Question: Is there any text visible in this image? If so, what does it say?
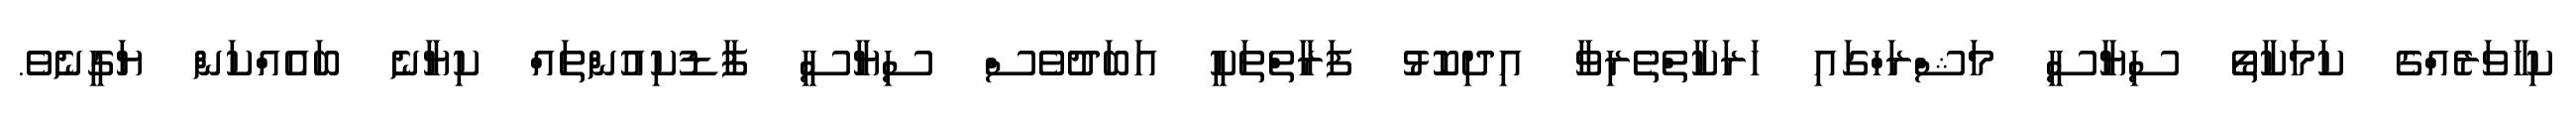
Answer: ކިހާވަރެއްގެ ކަމަކާތޯ ސިޔާސީ މަޝްރަހްގައި ހަރަކާތްތެރިވާ އިދިކޮޅު ފަރާތްތަކީ އަބަދުވެސް ސިޔާސީ ފާޑުކިއުންތައް ކިޔާނެ ބައެއްކަން ޔަގީނެވެ.